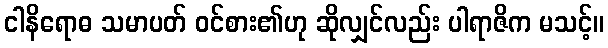
ငါနိရောဓ သမာပတ် ဝင်စား၏ဟု ဆိုလျှင်လည်း ပါရာဇိက မသင့်။